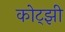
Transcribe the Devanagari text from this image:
कोट्झी